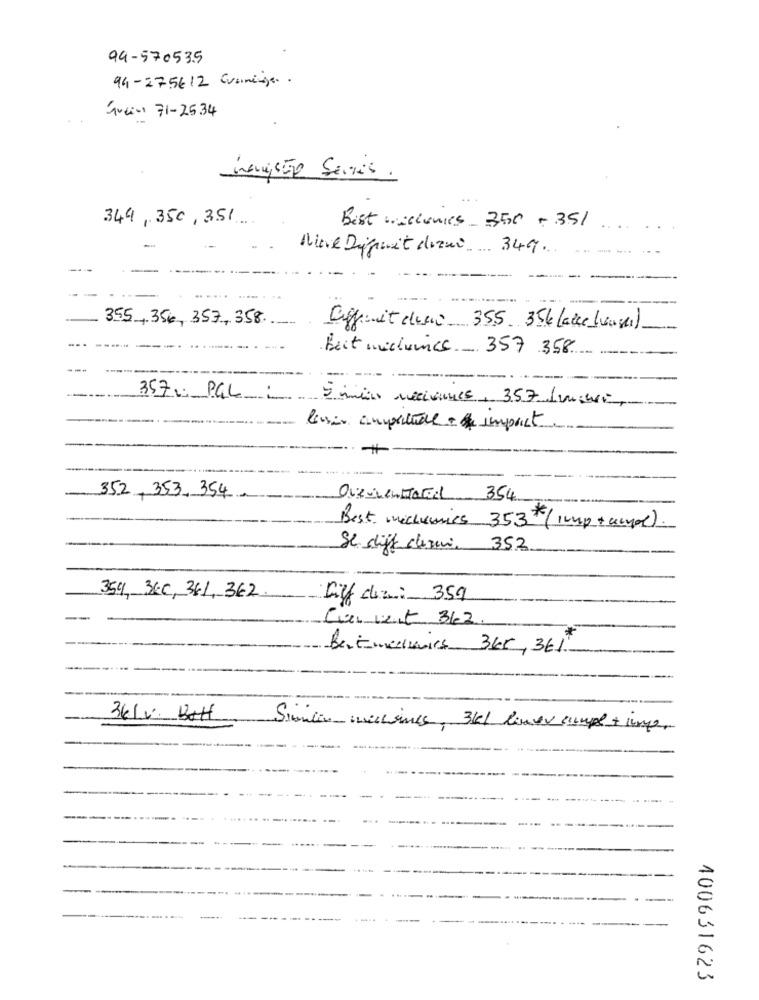
94-570535
94-275612 Gramenge ..
Que- 71-2534
349,350, 351
Bist wochenies 350 +351
Nine Difait dozni 349 ...
-
355 , 356, 357,358
Cigg it deac 355 356 (acce henge)
Beit machines. 357 358
357: PGL
5 min nociones, 357 Lugner
luis amplitude + impact
352, 353.354
Ouairentabel 354
Best mechanics 353# (imp+ ampe).
Se diffe chemi, 352
354, 360, 361, 362
Liff diz: 359
Current 362.
Bertmecuirs 3kr, 361
36Lv. Bott
Since machines, 3kl liner cumpl + 10mp,
400631623